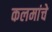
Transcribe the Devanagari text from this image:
कलमांचे